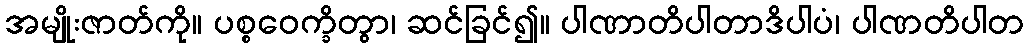
အမျိုးဇာတ်ကို။ ပစ္စဝေက္ခိတွာ၊ ဆင်ခြင်၍။ ပါဏာတိပါတာဒိပါပံ၊ ပါဏတိပါတ